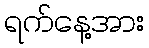
ရက်နေ့အား